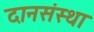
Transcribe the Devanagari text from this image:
दानसंस्था